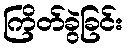
ကြိတ်ခွဲခြင်း